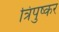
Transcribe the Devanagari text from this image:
त्रिपुष्कर